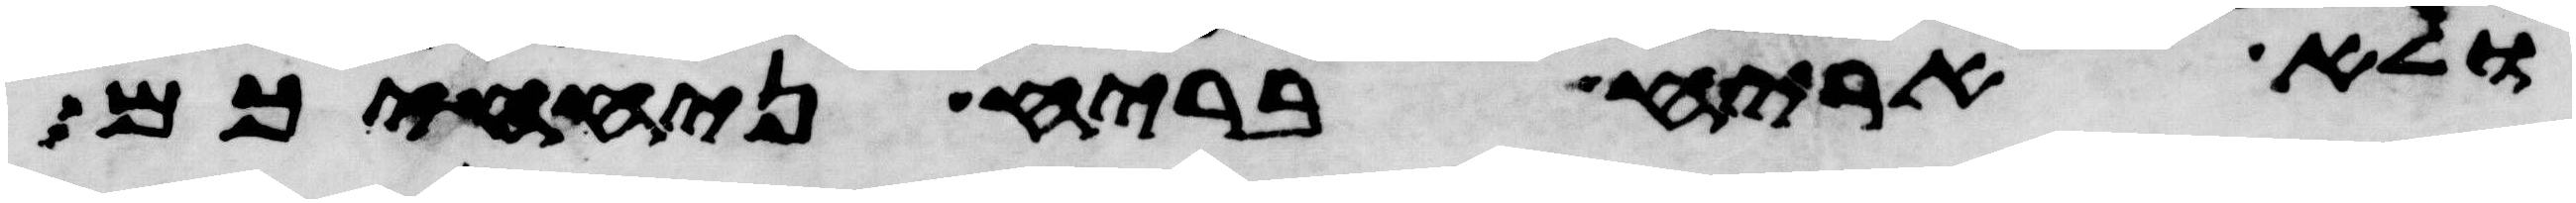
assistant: ולא אריח בריח ניחחכם